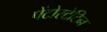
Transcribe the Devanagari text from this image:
पेंटोस्टेटिन